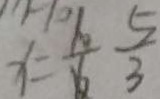
x = \frac { 1 0 } { 6 } \frac { 5 } { 3 }